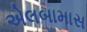
એલબામાસ